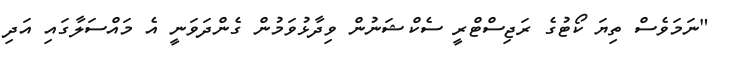
"ނަމަވެސް ތިޔަ ކޯޓުގެ ރަޖިސްޓްރީ ސެކްޝަނުން ވިދާޅުވަމުން ގެންދަވަނީ އެ މައްސަލާގައި އަދި